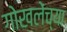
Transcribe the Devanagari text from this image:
गोखलेंच्या